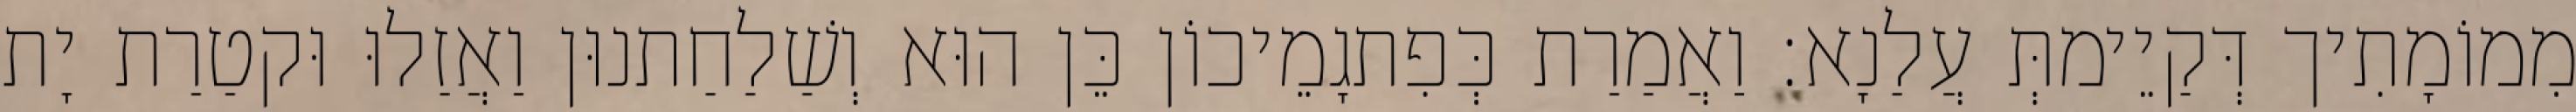
מִמוֹמָתִיך דְּקַיֵימתְּ עֲלַנָא׃ וַאֲמַרַת כְּפִתגָמֵיכוֹן כֵּן הוּא וְשַׁלַחַתנוּן וַאֲזַלוּ וּקטַרַת יָת